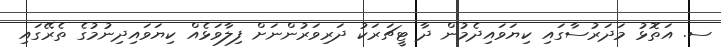
ސ. އަތޮޅު މަދަރުސާގައި ކިޔަވައިދެމުން ދާ ޓީޗަރަކު ދަރިވަރުންނަށް ފިލާވަޅެއް ކިޔަވައިދިނުމުގެ ތެރޭގައި